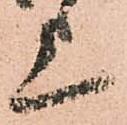
上